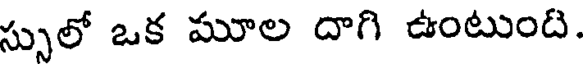
స్సులో ఒక మూల దాగి ఉంటుంది.